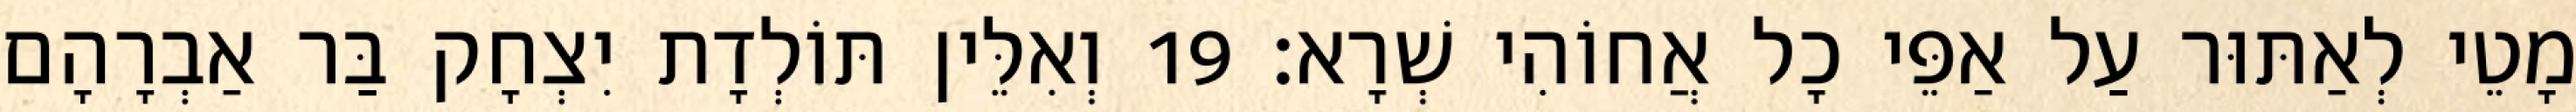
מָטֵי לְאַתּוּר עַל אַפֵּי כָל אֲחוֹהִי שְׁרָא׃ 19 וְאִלֵּין תּוֹלְדָת יִצְחָק בַּר אַבְרָהָם